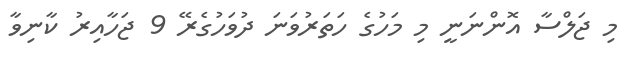
މި ޖަލްސާ އޮންނަނީ މި މަހުގެ ހަތަރުވަނަ ދުވަހުގެރޭ 9 ޖަހާއިރު ކާނިވާ